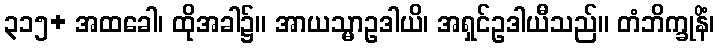
၃၁၅+ အထခေါ၊ ထိုအခါ၌။ အာယသ္မာဥဒါယိ၊ အရှင်ဥဒါယီသည်။ တံဘိက္ခုနိံ၊